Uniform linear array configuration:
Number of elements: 4
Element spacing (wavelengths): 0.75
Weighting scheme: uniform
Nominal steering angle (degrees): -45
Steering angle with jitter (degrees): -44.004
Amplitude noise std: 0.05
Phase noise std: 0.05

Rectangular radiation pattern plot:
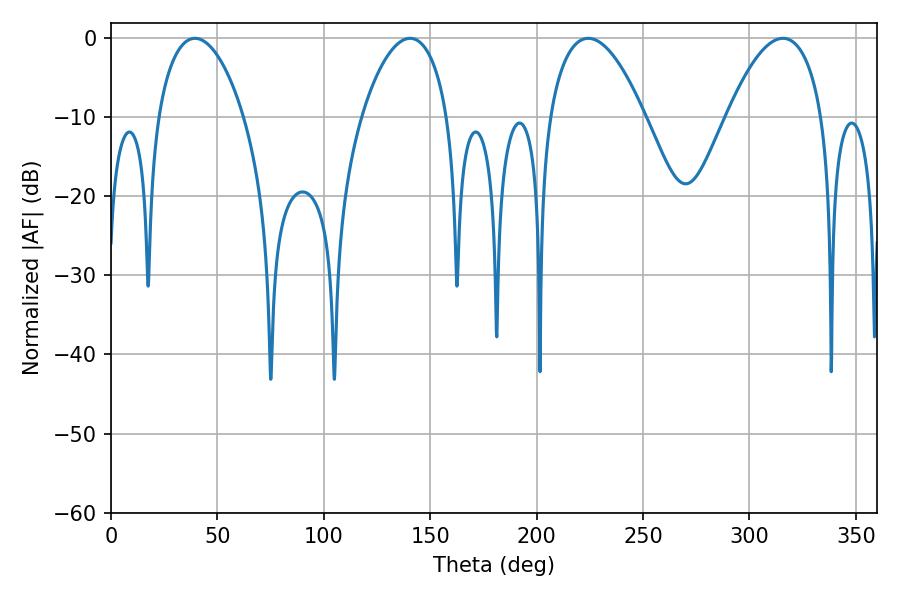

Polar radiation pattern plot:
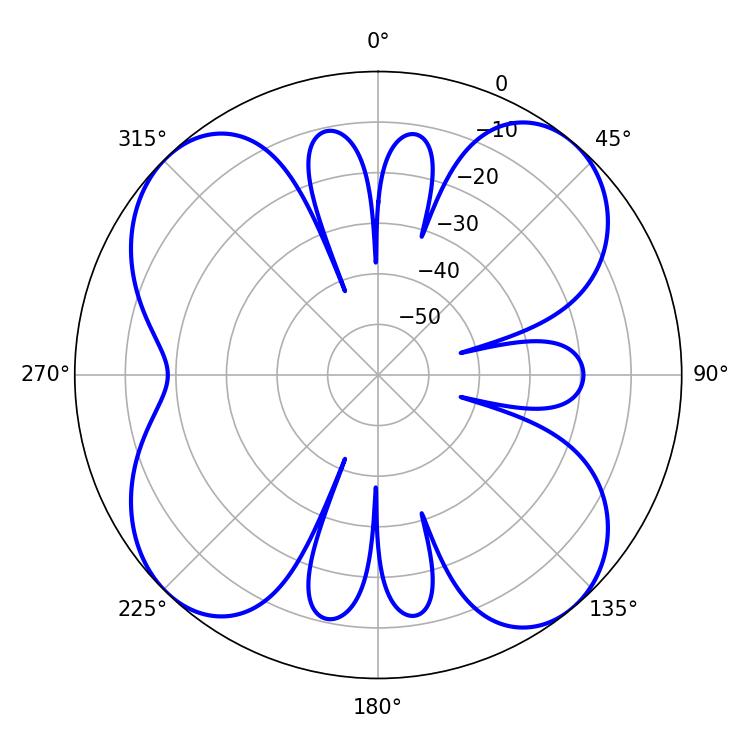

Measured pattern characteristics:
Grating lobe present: TRUE
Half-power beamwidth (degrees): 25.02
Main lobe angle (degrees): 224.28